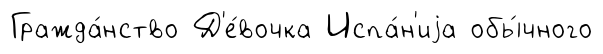
Гражда́нство Д'е́вочка Испа́н'иjа обы́чного